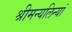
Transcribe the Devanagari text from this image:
श्रीमन्यलिन्यां